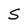
Character: S